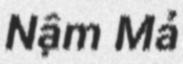
Nậm Mả